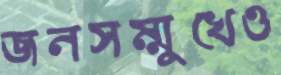
জনসম্মুখেও